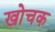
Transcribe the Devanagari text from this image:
खोचक